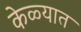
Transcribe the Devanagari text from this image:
केळ्यात